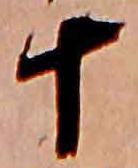
十